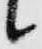
候